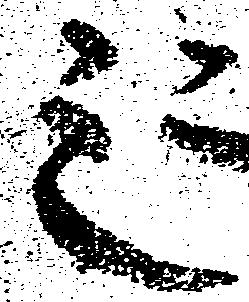
三